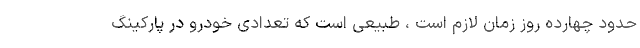
حدود چهارده روز زمان لازم است ، طبیعی است که تعدادی خودرو در پارکینگ